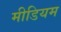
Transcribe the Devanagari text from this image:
मीडियम